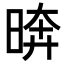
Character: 𪰫